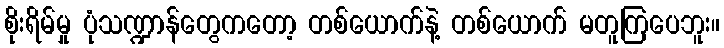
စိုးရိမ်မှု ပုံသဏ္ဍာန်တွေကတော့ တစ်ယောက်နဲ့ တစ်ယောက် မတူကြပေဘူး။